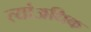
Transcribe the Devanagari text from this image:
त्यांअधिक